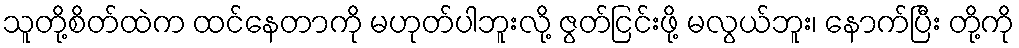
သူတို့စိတ်ထဲက ထင်နေတာကို မဟုတ်ပါဘူးလို့ ဇွတ်ငြင်းဖို့ မလွယ်ဘူး၊ နောက်ပြီး တို့ကို